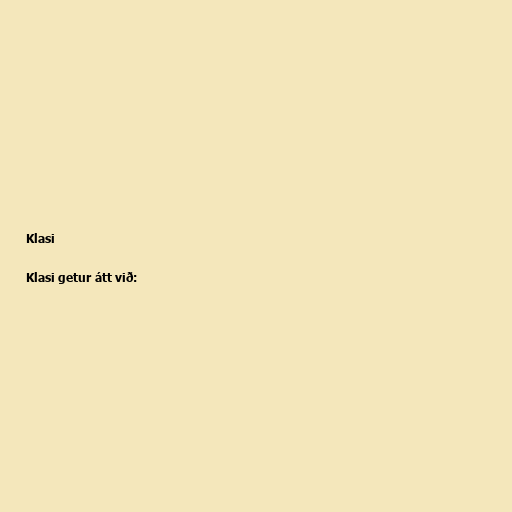
Klasi

Klasi getur átt við: